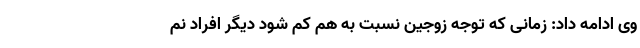
وی ادامه داد: زمانی که توجه زوجین نسبت به هم کم شود دیگر افراد نم